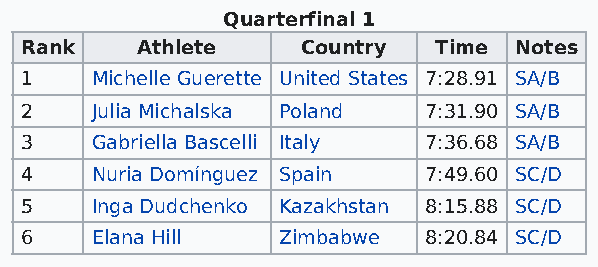
Quarterfinal 1
 Rank    Athlete    Country  Time Notes
 1    Michelle Guerette United States 7:28.91 SA/B
 2    Julia Michalska Poland 7:31.90 SA/B
 3    Gabriella Bascelli Italy 7:36.68 SA/B
 4    Nuria Domínguez Spain 7:49.60 SC/D
 5    Inga Dudchenko Kazakhstan 8:15.88 SC/D
 6    Elana Hill  Zimbabwe  8:20.84 SC/D